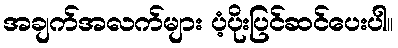
အချက်အလက်များ ပံ့ပိုးပြင်ဆင်ပေးပါ။